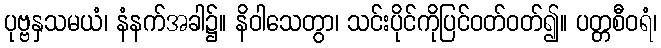
ပုဗ္ဗနှသမယံ၊ နံနက်အခါ၌။ နိဝါသေတွာ၊ သင်းပိုင်ကိုပြင်ဝတ်ဝတ်၍။ ပတ္တစီဝရံ၊